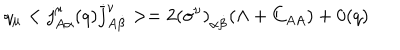
q _ { \mu } < j _ { A \alpha } ^ { \mu } ( q ) \bar { j } _ { A \dot { \beta } } ^ { \nu } > = 2 ( \sigma ^ { \nu } ) _ { \alpha \dot { \beta } } ( \Lambda + C _ { A A } ) + 0 ( q )